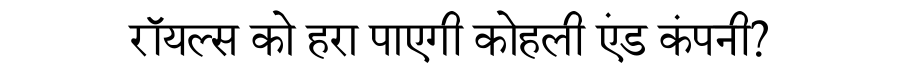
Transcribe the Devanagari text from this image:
रॉयल्स को हरा पाएगी कोहली एंड कंपनी?